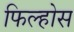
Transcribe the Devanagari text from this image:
फिल्होस